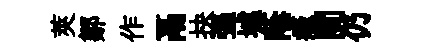
莢鄒作鬲抉强墟蔭癥閴仍